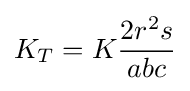
K_{T}=K{\frac {2r^{2}s}{abc}}